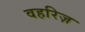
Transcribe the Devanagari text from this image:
वहरिज़